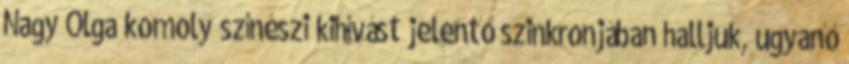
Nagy Olga komoly színészi kihívást jelentő szinkronjában halljuk, ugyanő